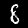
Digit: 8